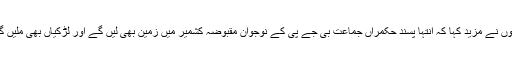
انہوں نے مزید کہا کہ انتہا پسند حکمراں جماعت بی جے پی کے نوجوان مقبوضہ کشمیر میں زمین بھی لیں گے اور لڑکیاں بھی ملیں گی۔